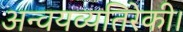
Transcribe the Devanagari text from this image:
अन्वयव्यतिरेकी।